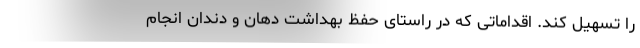
را تسهیل کند. اقداماتی که در راستای حفظ بهداشت دهان و دندان انجام